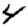
Digit: 4